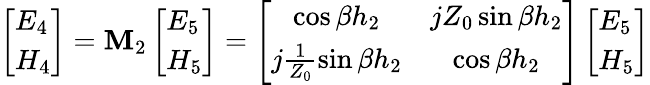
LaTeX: \left[\begin{array}{l}{E_{4}}\\ {H_{4}}\end{array}\right]=\mathbf{M}_{2}\left[\begin{array}{l}{E_{5}}\\ {H_{5}}\end{array}\right]=\left[\begin{array}{cc}{\cos\beta h_{2}}&{jZ_{0}\sin\beta h_{2}}\\ {j\frac{1}{Z_{0}}\sin\beta h_{2}}&{\cos\beta h_{2}}\end{array}\right]\left[\begin{array}{l}{E_{5}}\\ {H_{5}}\end{array}\right]